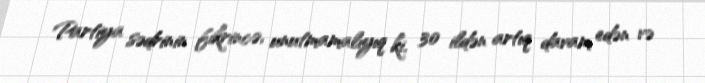
Partiya sədrinin fikrincə, unutmamalıyıq ki, 30 ildən artıq davam edən və